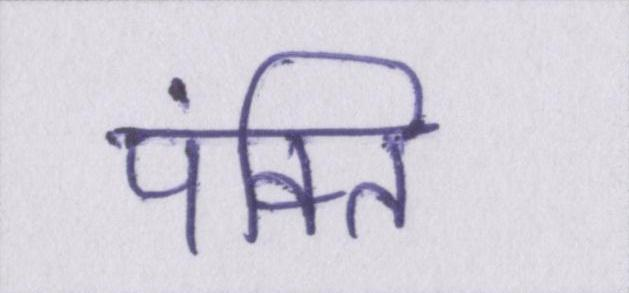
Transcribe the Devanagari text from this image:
पंक्ति